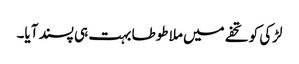
لڑکی کو تحفے میں ملا طوطا بہت ہی پسند آیا۔